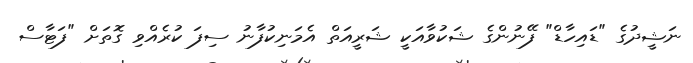
ނަޝީދުގެ "ޑައިހާޑް" ފޭނުންގެ ޝަކުވާއަކީ ޝަރީއަތް އެމަނިކުފާނު ސިފަ ކުރެއްވި ގޮތަށް "ފަޓާސް